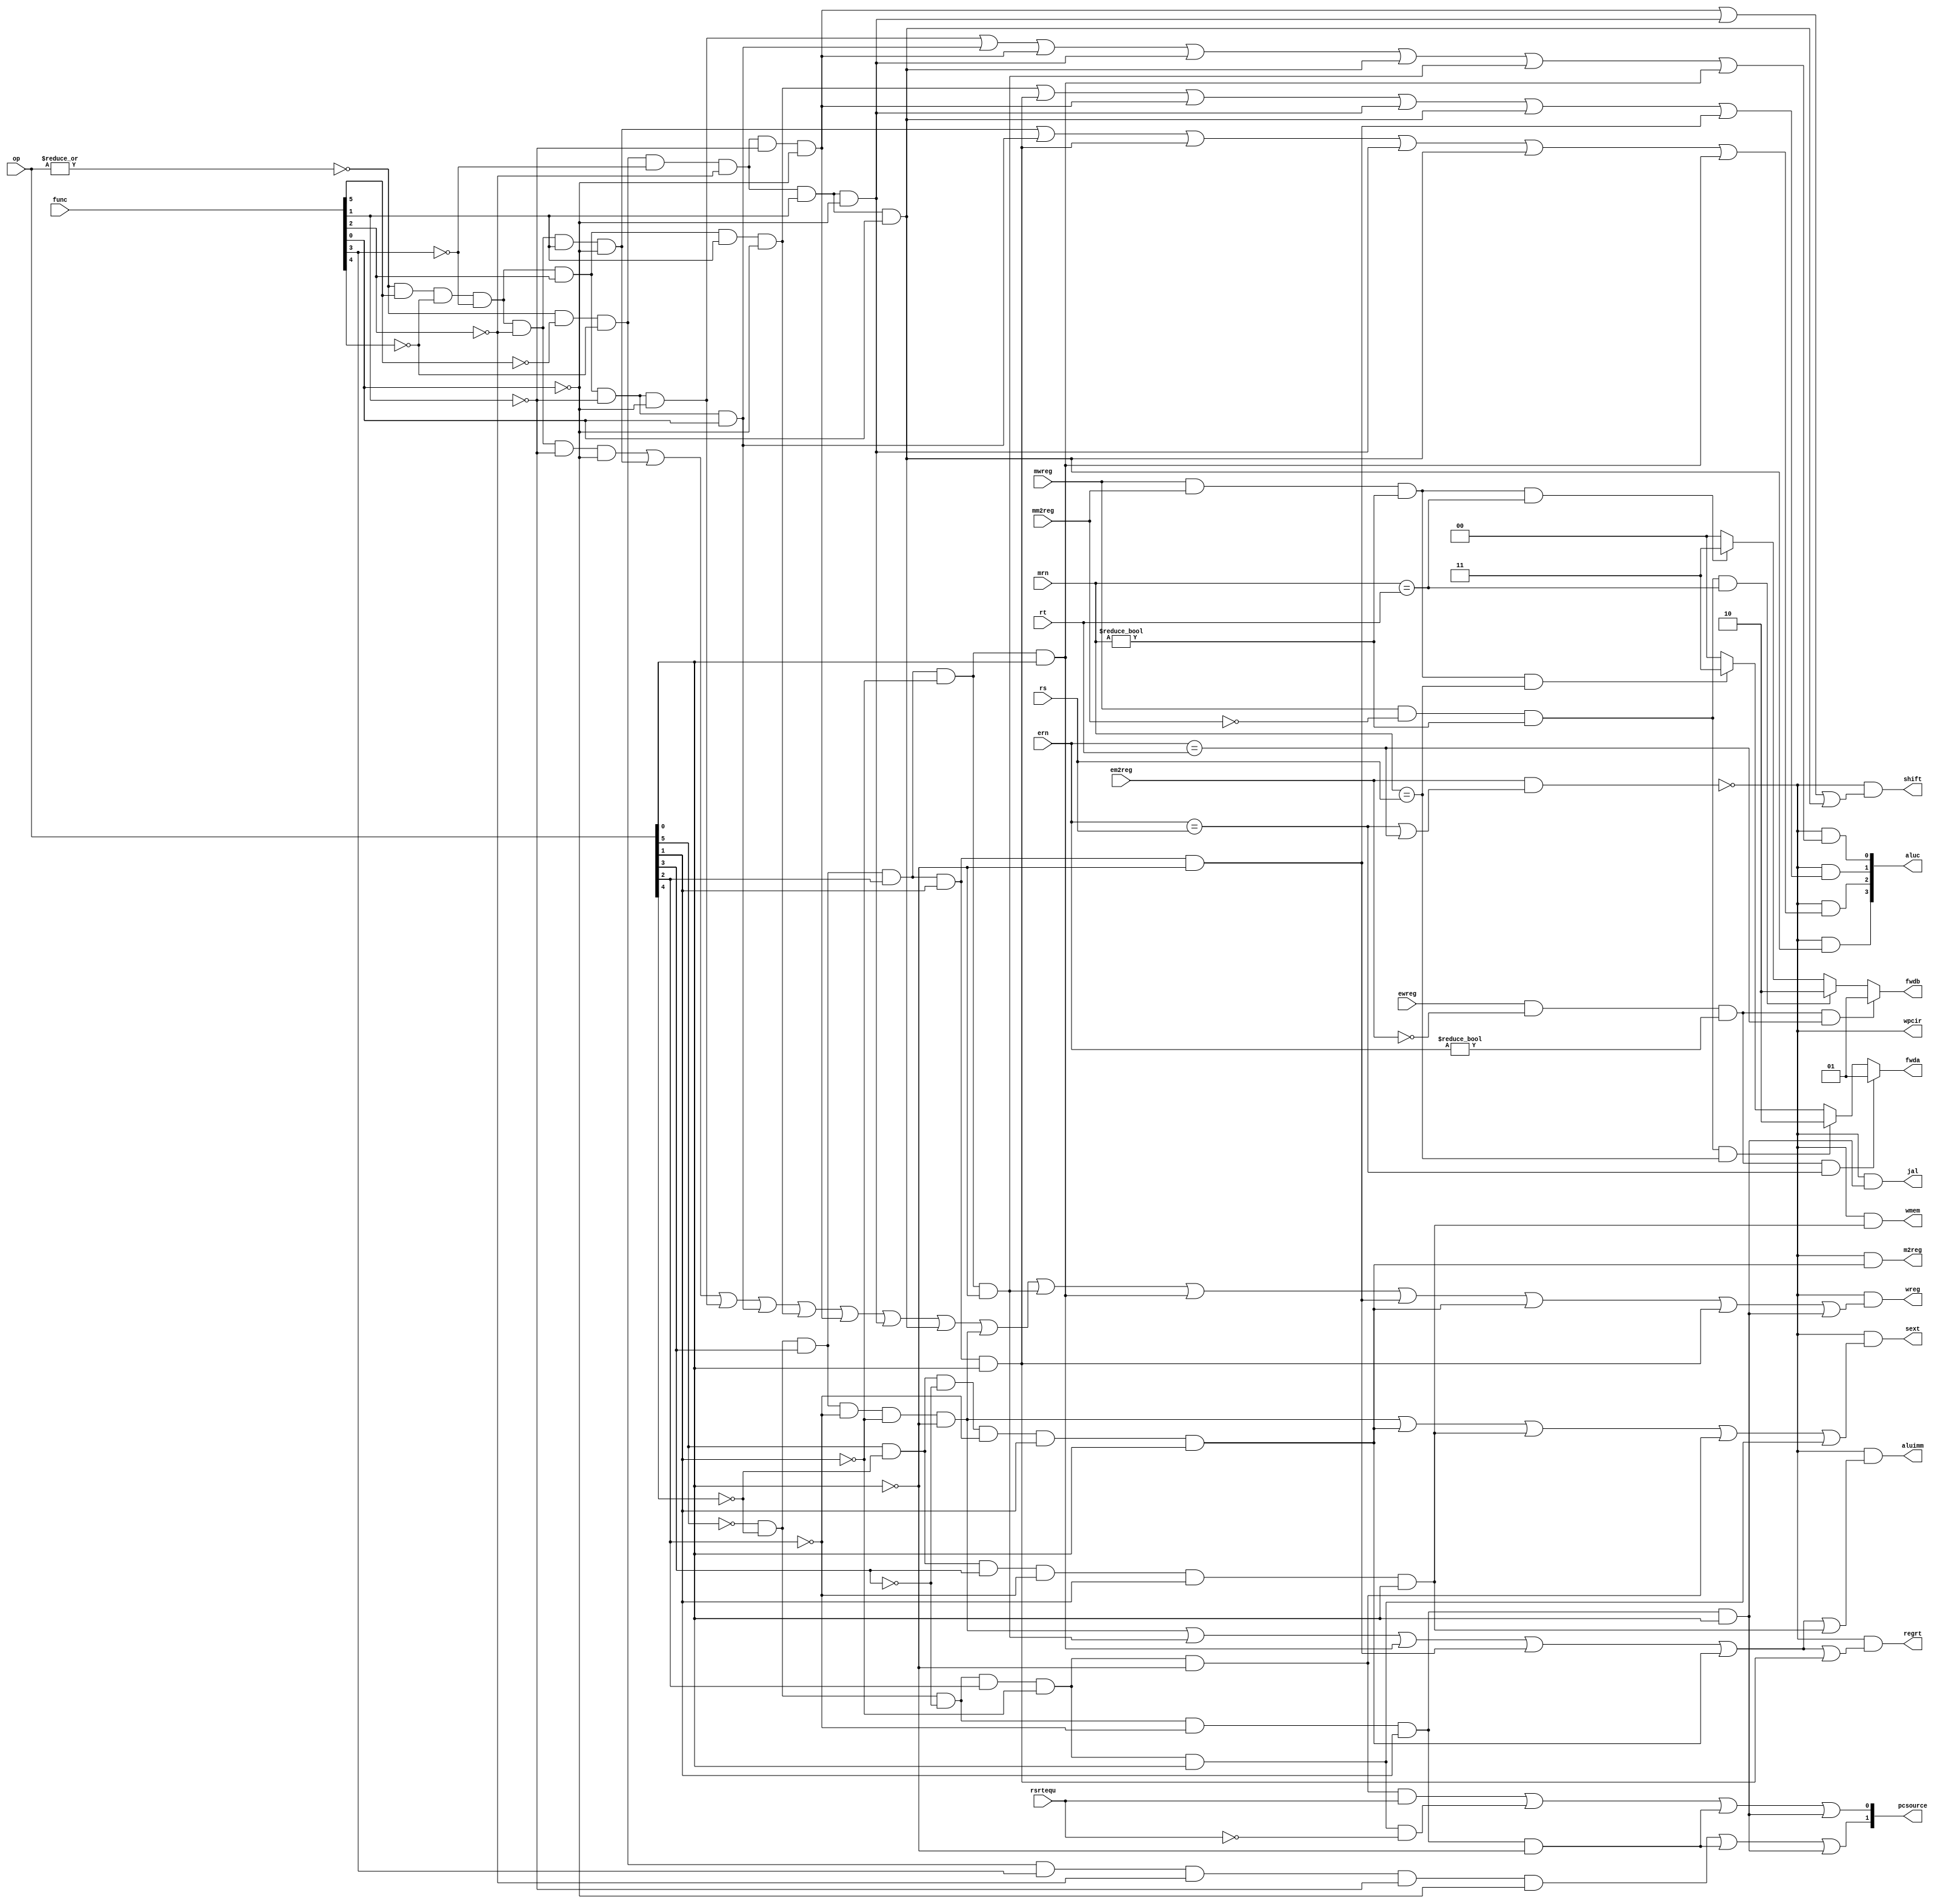
module sc_cu (op, func, rsrtequ, wmem, wreg, regrt, m2reg, aluc, shift,
              aluimm, pcsource, jal, sext, wpcir, rs, rt, mrn, mm2reg, mwreg, ern, em2reg, ewreg, fwda, fwdb);
   input  [5:0] op,func;
   input        rsrtequ, mwreg, ewreg, mm2reg, em2reg;
	input  [4:0] rs, rt, mrn, ern;
   output       wreg, regrt, jal, m2reg, shift, aluimm, sext, wmem, wpcir;
   output [3:0] aluc;
   output [1:0] pcsource, fwda, fwdb;
	reg [1:0] fwda, fwdb;
   wire r_type = ~|op;  // R
	
	//R 
   wire i_add = r_type & func[5] & ~func[4] & ~func[3] &  ~func[2] & ~func[1] & ~func[0];		//100000	 
   wire i_sub = r_type & func[5] & ~func[4] & ~func[3] &~func[2] &  func[1] & ~func[0];      //100010
   wire i_and = r_type & func[5] & ~func[4] & ~func[3] &func[2] & ~func[1] & ~func[0];       //100100
   wire i_or  = r_type & func[5] & ~func[4] & ~func[3] &func[2] & ~func[1] &  func[0];       //100101
   wire i_xor = r_type & func[5] & ~func[4] & ~func[3] &func[2] &  func[1] & ~func[0];       //100110
   wire i_sll = r_type & ~func[5] & ~func[4] & ~func[3] &~func[2] & ~func[1] & ~func[0];     //000000
   wire i_srl = r_type & ~func[5] & ~func[4] & ~func[3] &~func[2] &  func[1] & ~func[0];     //000010
   wire i_sra = r_type & ~func[5] & ~func[4] & ~func[3] &~func[2] &  func[1] &  func[0];     //000011
   wire i_jr  = r_type & ~func[5] & ~func[4] &  func[3] &~func[2] & ~func[1] & ~func[0];     //001000
	
	
	//I
   wire i_addi = ~op[5] & ~op[4] &  op[3] & ~op[2] & ~op[1] & ~op[0]; //001000
   wire i_andi = ~op[5] & ~op[4] &  op[3] &  op[2] & ~op[1] & ~op[0]; //001100
   wire i_ori  = ~op[5] & ~op[4] &  op[3] &  op[2] & ~op[1] &  op[0]; //001101
   wire i_xori = ~op[5] & ~op[4] &  op[3] &  op[2] &  op[1] & ~op[0]; //001110  
   wire i_lw   =  op[5] & ~op[4] & ~op[3] & ~op[2] &  op[1] &  op[0]; //100011
   wire i_sw   =  op[5] & ~op[4] &  op[3] & ~op[2] &  op[1] &  op[0]; //101011
   wire i_beq  = ~op[5] & ~op[4] & ~op[3] &  op[2] & ~op[1] & ~op[0]; //000100
   wire i_bne  = ~op[5] & ~op[4] & ~op[3] &  op[2] & ~op[1] &  op[0]; //000101
   wire i_lui  = ~op[5] & ~op[4] &  op[3] &  op[2] &  op[1] &  op[0]; //001111
   wire i_j    = ~op[5] & ~op[4] & ~op[3] & ~op[2] &  op[1] & ~op[0]; //000010
   wire i_jal  = ~op[5] & ~op[4] & ~op[3] & ~op[2] &  op[1] &  op[0]; //000011
   
  
	assign wpcir = ~(em2reg & ( ern == rs | ern == rt ));  //lw   
	
	// wpcir0  0
   assign pcsource[1] = i_jr | i_j | i_jal;
   assign pcsource[0] = ( i_beq & rsrtequ ) | (i_bne & ~rsrtequ) | i_j | i_jal ;
   
   assign wreg = wpcir & (i_add | i_sub | i_and | i_or   | i_xor  |
                 i_sll | i_srl | i_sra | i_addi | i_andi |
                 i_ori | i_xori | i_lw | i_lui  | i_jal);
   
   assign aluc[3] = wpcir & i_sra;
   assign aluc[2] = wpcir & (i_sub | i_or | i_lui | i_srl | i_sra | i_ori);
   assign aluc[1] = wpcir & (i_xor | i_lui | i_sll | i_srl | i_sra | i_xori);
   assign aluc[0] = wpcir & (i_and | i_or | i_sll | i_srl | i_sra | i_andi | i_ori);
   assign shift   = wpcir & (i_sll | i_srl | i_sra);

   assign aluimm  = wpcir & (i_addi | i_andi | i_ori | i_xori | i_lw | i_sw);
   assign sext    = wpcir & (i_addi | i_lw | i_sw | i_beq | i_bne);
   assign wmem    = wpcir & i_sw;
   assign m2reg   = wpcir & i_lw;
   assign regrt   = wpcir & (i_addi | i_andi | i_ori | i_xori | i_lw | i_lui);
   assign jal     = wpcir & i_jal;
	

   	
// fwdafwda
   always @(*)
   begin
	if(ewreg & ~ em2reg & (ern != 0) & (ern == rs) )  //alu lw  
         fwda<=2'b01;
      else 
		if (mwreg & ~ mm2reg & (mrn != 0) & (mrn == rs) ) //alu
            fwda<=2'b10;
         else  
            if  (mwreg & mm2reg & (mrn != 0) & (mrn == rs) )  // RAM
               fwda<=2'b11;
            else 
               fwda<=2'b00;  //  
   end


   always @(*)
   begin
      if(ewreg & ~ em2reg &(ern != 0) & (ern == rt) ) //alu
         fwdb<=2'b01;
      else  
         if (mwreg & ~ mm2reg & (mrn != 0) & (mrn == rt) )  //alu
            fwdb<=2'b10;
         else 
            if  (mwreg & mm2reg & (mrn != 0) & (mrn == rt) )   // RAM
               fwdb<=2'b11;
            else 
               fwdb<=2'b00; //  

   end
	
	/*

	wire [1:0] fwda, fwdb;
	assign fwda[1] = ~(ewreg & (ern != 0) & (ern == rs) & ~em2reg) & (mwreg & (mrn != 0) & (mrn == rs));
	assign fwda[0] = (ewreg & (ern != 0) & (ern == rs) & ~em2reg) | (mwreg & (mrn != 0) & (mrn == rs) & mm2reg);
	
	assign fwdb[1] = ~(ewreg & (ern != 0) & (ern == rt) & ~em2reg) & (mwreg & (mrn != 0) & (mrn == rt));
	assign fwdb[0] = (ewreg & (ern != 0) & (ern == rt) & ~em2reg) | (mwreg & (mrn != 0) & (mrn == rt) & mm2reg);
*/
	
endmodule